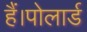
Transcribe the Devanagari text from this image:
हैं।पोलार्ड